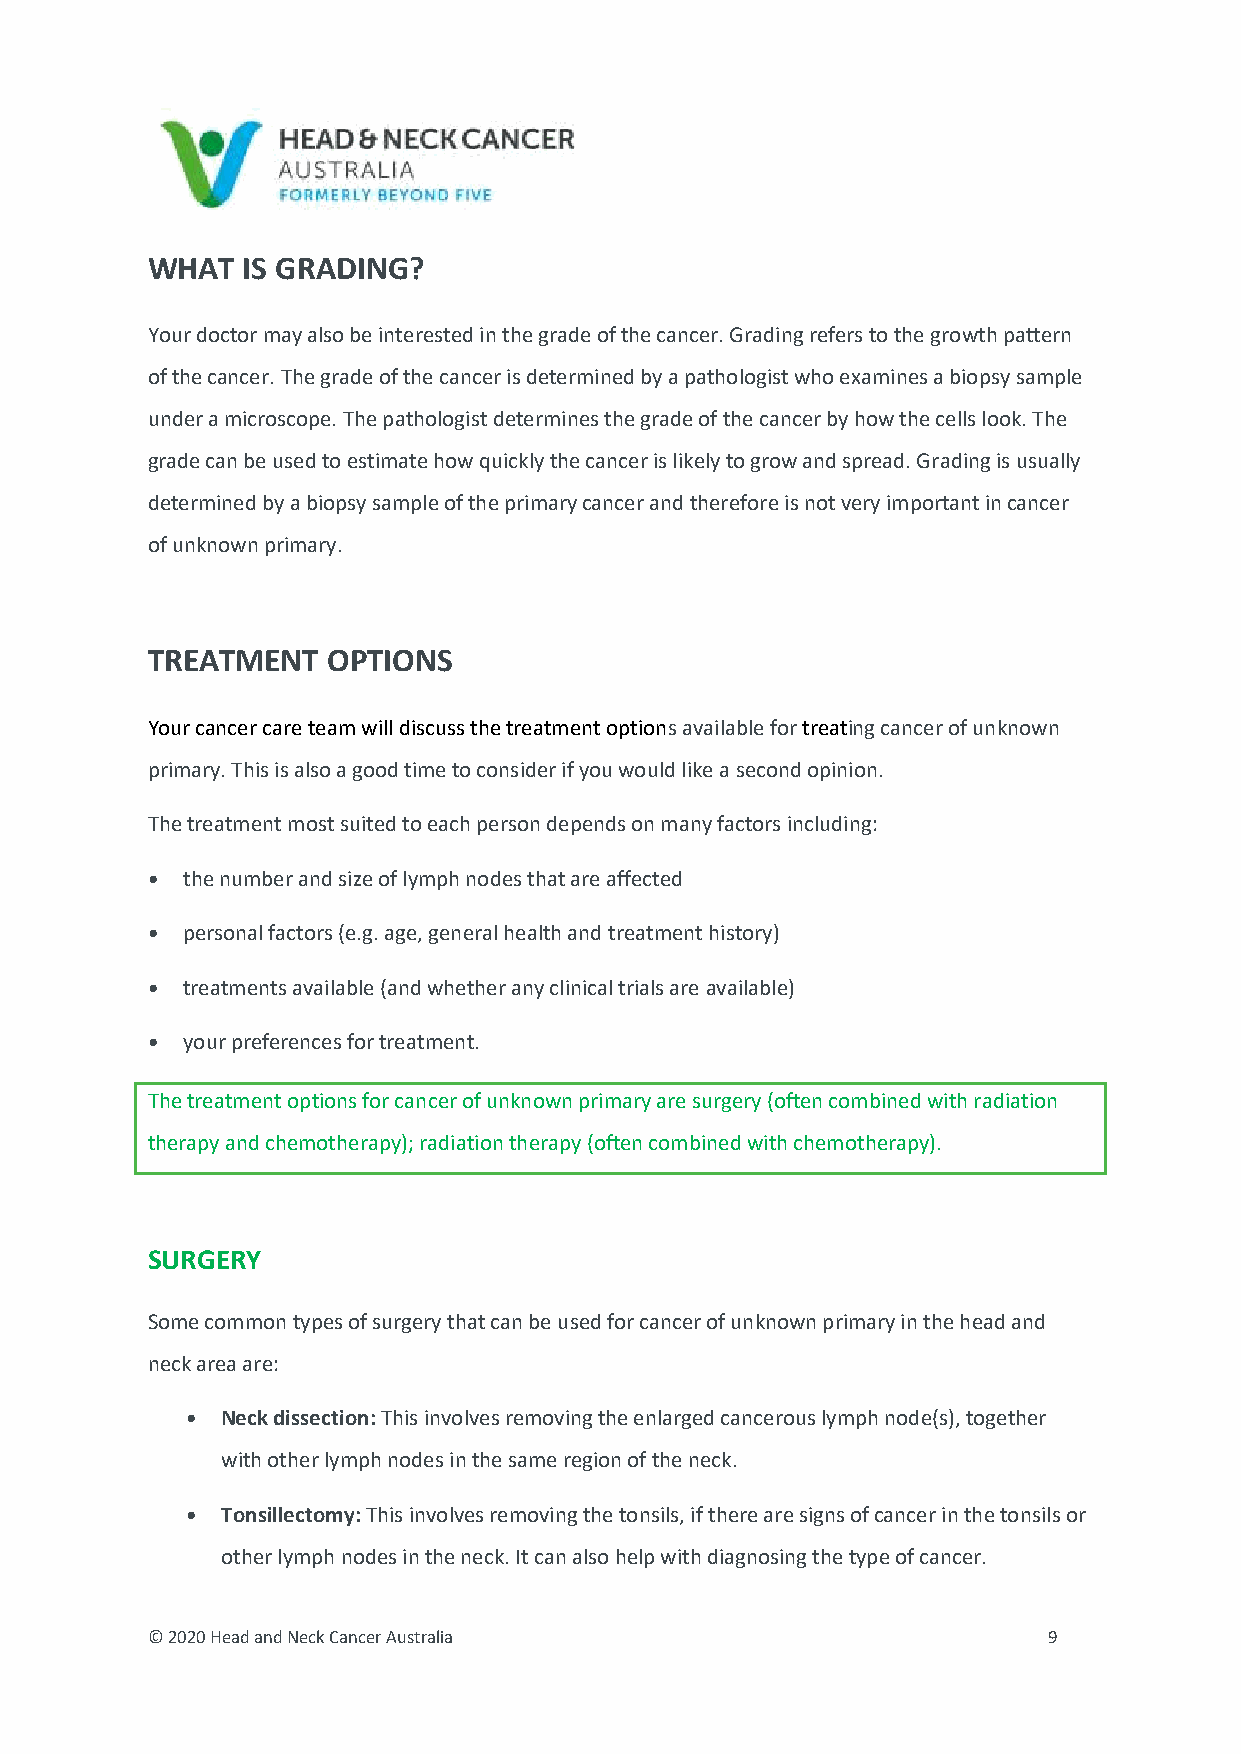
WHAT  IS GRADING?
 Your doctor may also be interested in the grade of the cancer. Grading refers to the growth pattern
 of the cancer. The grade of the cancer is determined by a pathologist who examines a biopsy sample
 under a microscope. The pathologist determines the grade of the cancer by how the cells look. The
 grade can be used to estimate how quickly the cancer is likely to grow and spread. Grading is usually
 determined by a biopsy sample of the primary cancer and therefore is not very important in cancer
 of unknown primary.
 TREATMENT   OPTIONS
 Your cancer care team will discuss the treatment options available for treating cancer of unknown
 primary. This is also a good time to consider if you would like a second opinion.
 The treatment most suited to each person depends on many factors including:
 • the number and size of lymph nodes that are affected
 • personal factors (e.g. age, general health and treatment history)
 • treatments available (and whether any clinical trials are available)
 • your preferences for treatment.
 The treatment options for cancer of unknown primary are surgery (often combined with radiation
 therapy and chemotherapy); radiation therapy (often combined with chemotherapy).
 SURGERY
 Some common types of surgery that can be used for cancer of unknown primary in the head and
 neck area are:
 •  Neck dissection: This involves removing the enlarged cancerous lymph node(s), together
 with other lymph nodes in the same region of the neck.
 •  Tonsillectomy: This involves removing the tonsils, if there are signs of cancer in the tonsils or
 other lymph nodes in the neck. It can also help with diagnosing the type of cancer.
 © 2020 Head and Neck Cancer Australia                      9